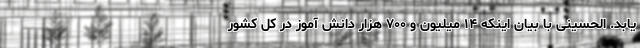
یابد. الحسینی با بیان اینکه ۱۴ میلیون و ۷۰۰ هزار دانش آموز در کل کشور